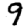
Digit: 9